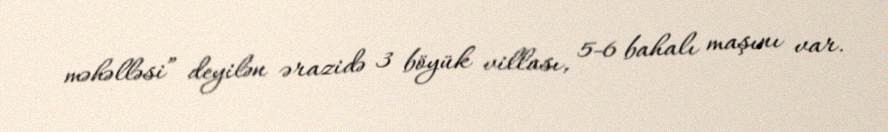
məhəlləsi” deyilən ərazidə 3 böyük villası, 5-6 bahalı maşını var.